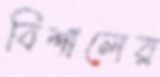
বিশালের